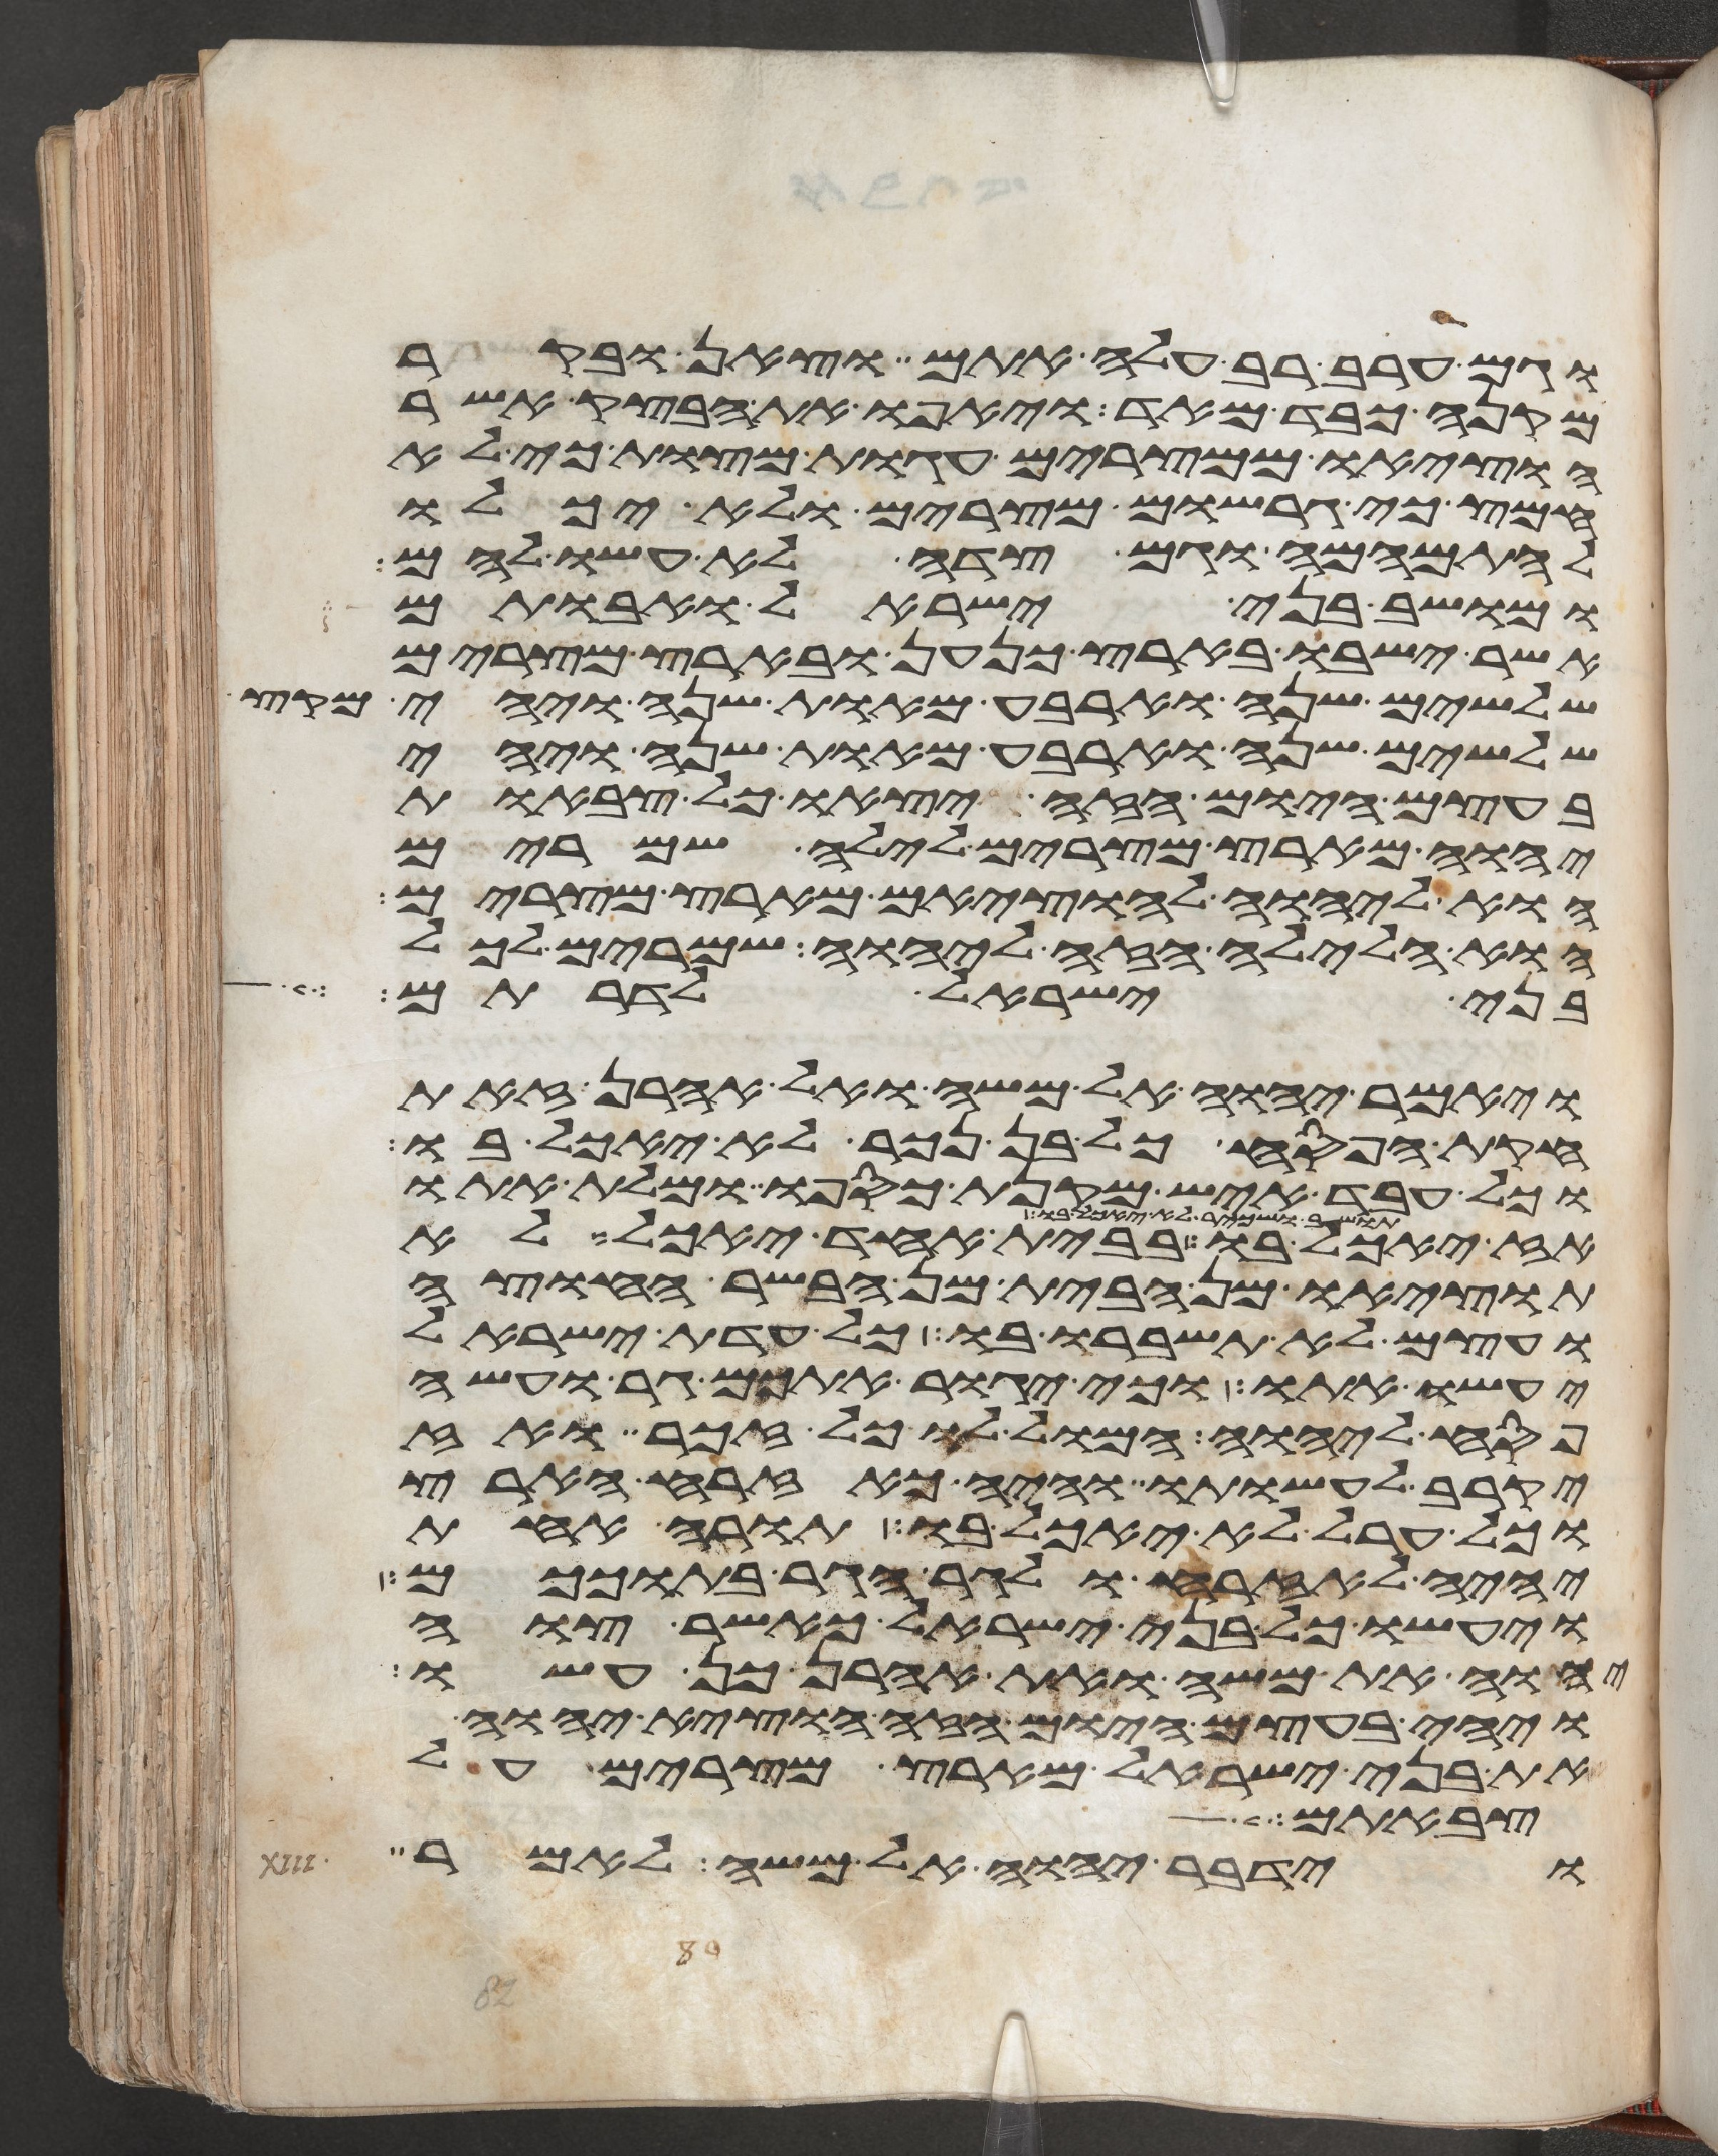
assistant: וגם ערב רב עלה אתם וצאן ובקר
מקנה כבד מאד ויאפו את הבצק אשר
הוציאו ממצרים עגות מצות כי לא
חמץ כי גרשום מצרים ולא יכלו
להתמהמה וגם צדה לא עשו להם
ומושב בני ישראל ואבותם
אשר ישבו בארץ כנען ובארץ מצרים
שלשים שנה וארבע מאות שנה ויהי מקץ
שלשים שנה וארבע מאות שנה ויהי
בעצם היום הזה יצאו כל צבאות
יהוה מארץ מצרים לילה שמרים
הוא ליהוה להוציאם מארץ מצרים
הוא הלילה הזה ליהוה שמרים לכל
בני ישראל לדרותם
ויאמר יהוה אל משה ואל אהרן זאת
חקת הפסח כל בן נכר לא יאכל בו
וכל עבד איש מקנת כספו ומלת אתו
לא יאכל בו בבית אחד יאכל לא
תוציאו מן הבית מן הבשר החוצה
ועצם לא תשברו בו כל עדת ישראל
יעשו אתו וכי יגור אתכם גר ועשה
פסח ליהוה המול לו כל זכר ואז
יקרב לעשותו והיה כאזרח הארץ
וכל ערל לא יאכל בו תורה אחת
יהיה לאזרח ולגר הגר בתוככם
ויעשו כל בני ישראל כאשר צוה
יהוה את משה ואת אהרן כן עשו
ויהי בעצם היום הזה הוציא יהוה
את בני ישראל מארץ מצרים על
צבאתם
וידבר יהוה אל משה לאמר